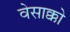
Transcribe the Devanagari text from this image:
वेसाक्को